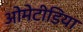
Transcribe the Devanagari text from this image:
ओमेटीडिया